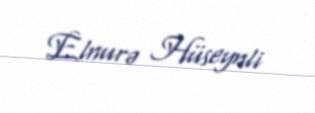
Elnurə Hüseynli